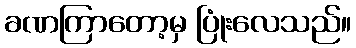
ခဏကြာတော့မှ ပြုံးလေသည်။